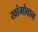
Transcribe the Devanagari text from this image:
खांमोवान